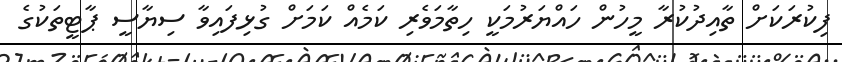
ފިކުރަކަށް ތާއިދުކުރާ މީހުން ހައްޔަރުމަކީ ހިތާމަވެރި ކަމެއް ކަމަށް ގުޅިފައިވާ ސިޔާސީ ޕާޓީތަކުގެ